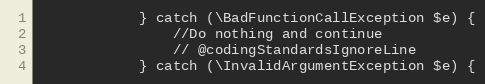
Language: PHP
            } catch (\BadFunctionCallException $e) {
                //Do nothing and continue
                // @codingStandardsIgnoreLine
            } catch (\InvalidArgumentException $e) {